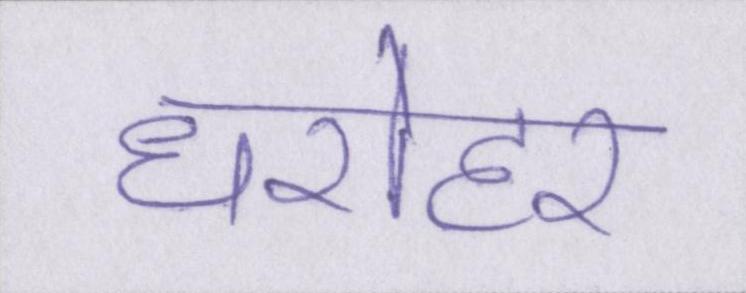
धरोहर